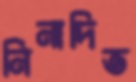
নিনাদিত